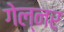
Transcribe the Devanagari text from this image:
गेल्नर